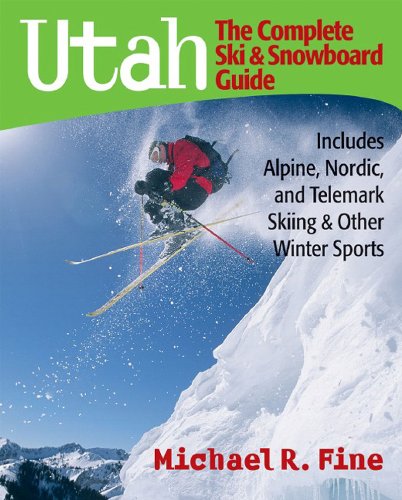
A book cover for Utah: The Complete Ski and Snowboard Guide: Includes Alpine, Nordic, and Telemark Skiing & Other Winter Sports; Michael R. Fine; Sports & Outdoors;